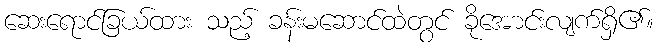
ဆေးရောင်ခြယ်ထား သည့် ခန်းမဆောင်ထဲတွင် ခိုအောင်းလျက်ရှိ၏။